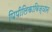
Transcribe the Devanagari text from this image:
पिपीलिकाविज्ञान